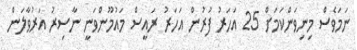
ނަަމަވެސް މިނިވަންކަމަށް 25 އަހަރު ފުރުން އަހަރު ރައީސް މައުމޫންވަނީ ނާސިރު އަރުވާލަން